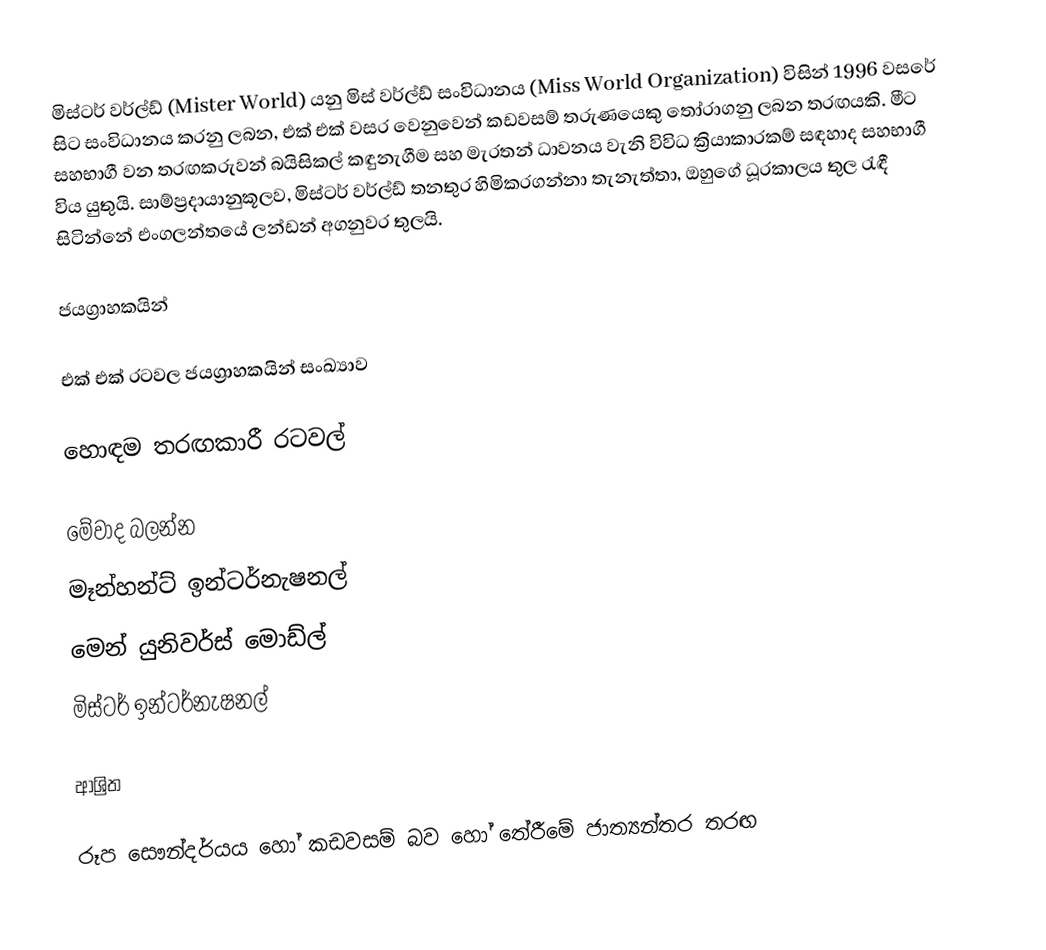
මිස්ටර් වර්ල්ඩ් (Mister World) යනු මිස් වර්ල්ඩ් සංවිධානය (Miss World Organization) විසින් 1996 වසරේ සිට සංවිධානය කරනු ලබන, එක් එක් වසර වෙනුවෙන් කඩවසම් තරුණයෙකු තෝරාගනු ලබන තරඟයකි. මීට සහභාගී වන තරඟකරුවන් බයිසිකල් කඳුනැගීම සහ මැරතන් ධාවනය වැනි විවිධ ක්‍රියාකාරකම් සඳහාද සහභාගී විය යුතුයි. සාම්ප්‍රදායානුකූලව, මිස්ටර් වර්ල්ඩ් තනතුර හිමිකරගන්නා තැනැත්තා, ඔහුගේ ධූරකාලය තුල රැඳී සිටින්නේ එංගලන්තයේ ලන්ඩන් අගනුවර තුලයි.

ජයග්‍රාහකයින්

එක් එක් රටවල ජයග්‍රාහකයින් සංඛ්‍යාව

හොඳම තරඟකාරී රටවල්

මේවාද බලන්න
 මෑන්හන්ට් ඉන්ටර්නැෂනල්
 මෙන් යුනිවර්ස් මොඩ්ල්
 මිස්ටර් ඉන්ටර්නැෂනල්

ආශ්‍රිත

රූප සෞන්දර්යය හෝ කඩවසම් බව හෝ තේරීමේ ජාත්‍යන්තර තරඟ